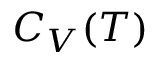
C _ { V } ( T )